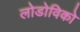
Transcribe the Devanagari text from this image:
लोडोविको